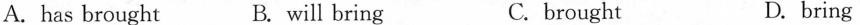
A. has brought B. will bring C.brought D. bring